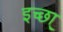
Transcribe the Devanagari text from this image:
इच्छा्